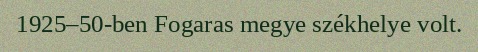
1925–50-ben Fogaras megye székhelye volt.